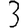
Digit: 3